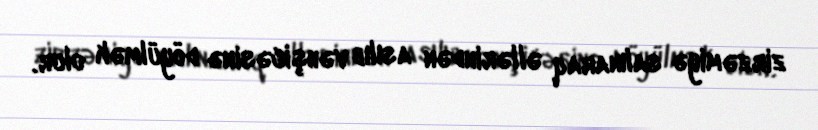
zirzəmiyə salınaraq əllərindən asılıb vəhşicəsinə döyülmək olur.